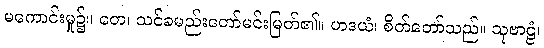
မကောင်းမှု၌။ တေ၊ သင်ခမည်းတော်မင်းမြတ်၏။ ဟဒယံ၊ စိတ်တော်သည်။ သုဗာဠံ၊